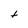
Character: t